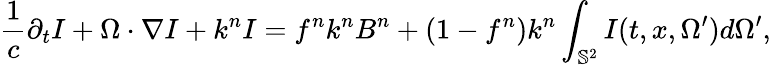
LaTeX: \frac{1}{c}\partial_{t}I+\Omega\cdot\nabla I+k^{n}I=f^{n}k^{n}B^{n}+(1-f^{n})k^{n}\int_{\mathbb{S}^{2}}I(t,x,\Omega^{\prime})d\Omega^{\prime},